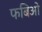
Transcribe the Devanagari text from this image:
फबिओ